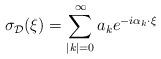
LaTeX: \begin{align*}\sigma_{\mathcal D}(\xi)= \sum\limits_{|k|=0}^{\infty}a_ke^{-i\alpha_k\cdot\xi}\end{align*}